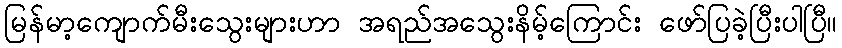
မြန်မာ့ကျောက်မီးသွေးများဟာ အရည်အသွေးနိမ့်ကြောင်း ဖော်ပြခဲ့ပြီးပါပြီ။